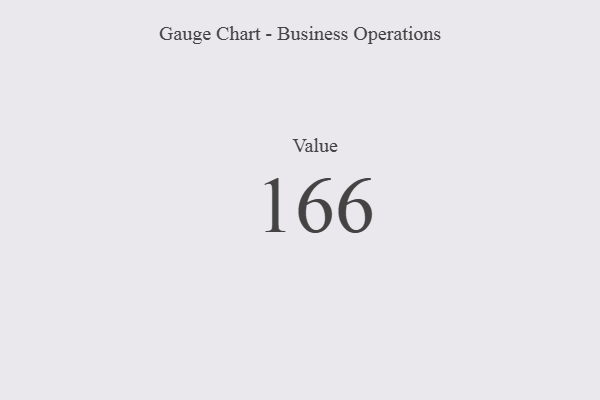
{"axis": {"x": "Metric", "y": "Value"}, "legend": [""], "data": [{"x": "Value", "y": 166, "type": ""}]}